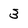
Character: 3